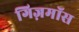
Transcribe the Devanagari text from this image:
गिज़मॉस